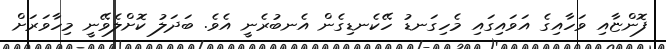
ފޮންޏާއި ވަހާއިގެ އަވައިގައި މެހިގަނޑު ހޭކެނޑިގެން އެނބުރެނީ އެވެ. ބަދަލު ކޮށްލެވޭނީ މިހާވަރަށް